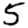
Digit: 5